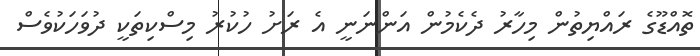
ތޮއްޑޫގެ ރައްޔިތުން މިހާރު ދެކެމުން އަންނަނީ އެ ރަށު ހުކުރު މިސްކިތަކީ ދުވަހަކުވެސް